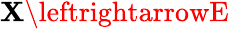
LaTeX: \mathbf{X}\leftrightarrowE